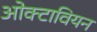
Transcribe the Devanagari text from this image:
ओक्टावियन